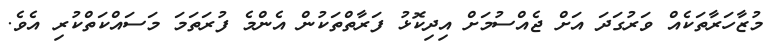
މުޒާހަރާތަކެއް ވަރުގަދަ އަށް ޖެއްސުމަށް އިދިކޮޅު ފަރާތްތަކުން އެންމެ ފުރަތަމަ މަސައްކަތްކުރި އެވެ.